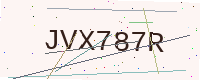
Text: JVX787R